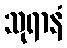
သုရာနံ